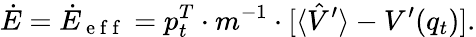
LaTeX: \dot{E}=\dot{E}_{\mathrm{~e~f~f~}}=p_{t}^{T}\cdot m^{-1}\cdot\lbrack\langle\hat{V}^{\prime}\rangle-V^{\prime}(q_{t})].